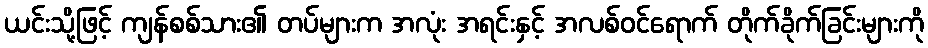
ယင်းသို့ဖြင့် ကျန်စစ်သား၏ တပ်များက အလုံး အရင်းနှင့် အလစ်ဝင်ရောက် တိုက်ခိုက်ခြင်းများကို